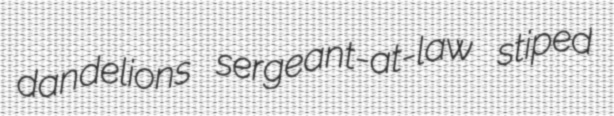
dandelions sergeant-at-law stiped